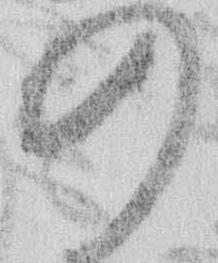
の